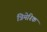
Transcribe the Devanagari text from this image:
त्रिमेरिक